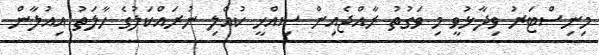
މިނިސްޓަރު ވިދާޅުވީ މި ވަގުތު ރާއްޖެއިން ސިއްހީ ކުއްލި ނުރައްކަލުގެ ހާލަތު އިއުލާން